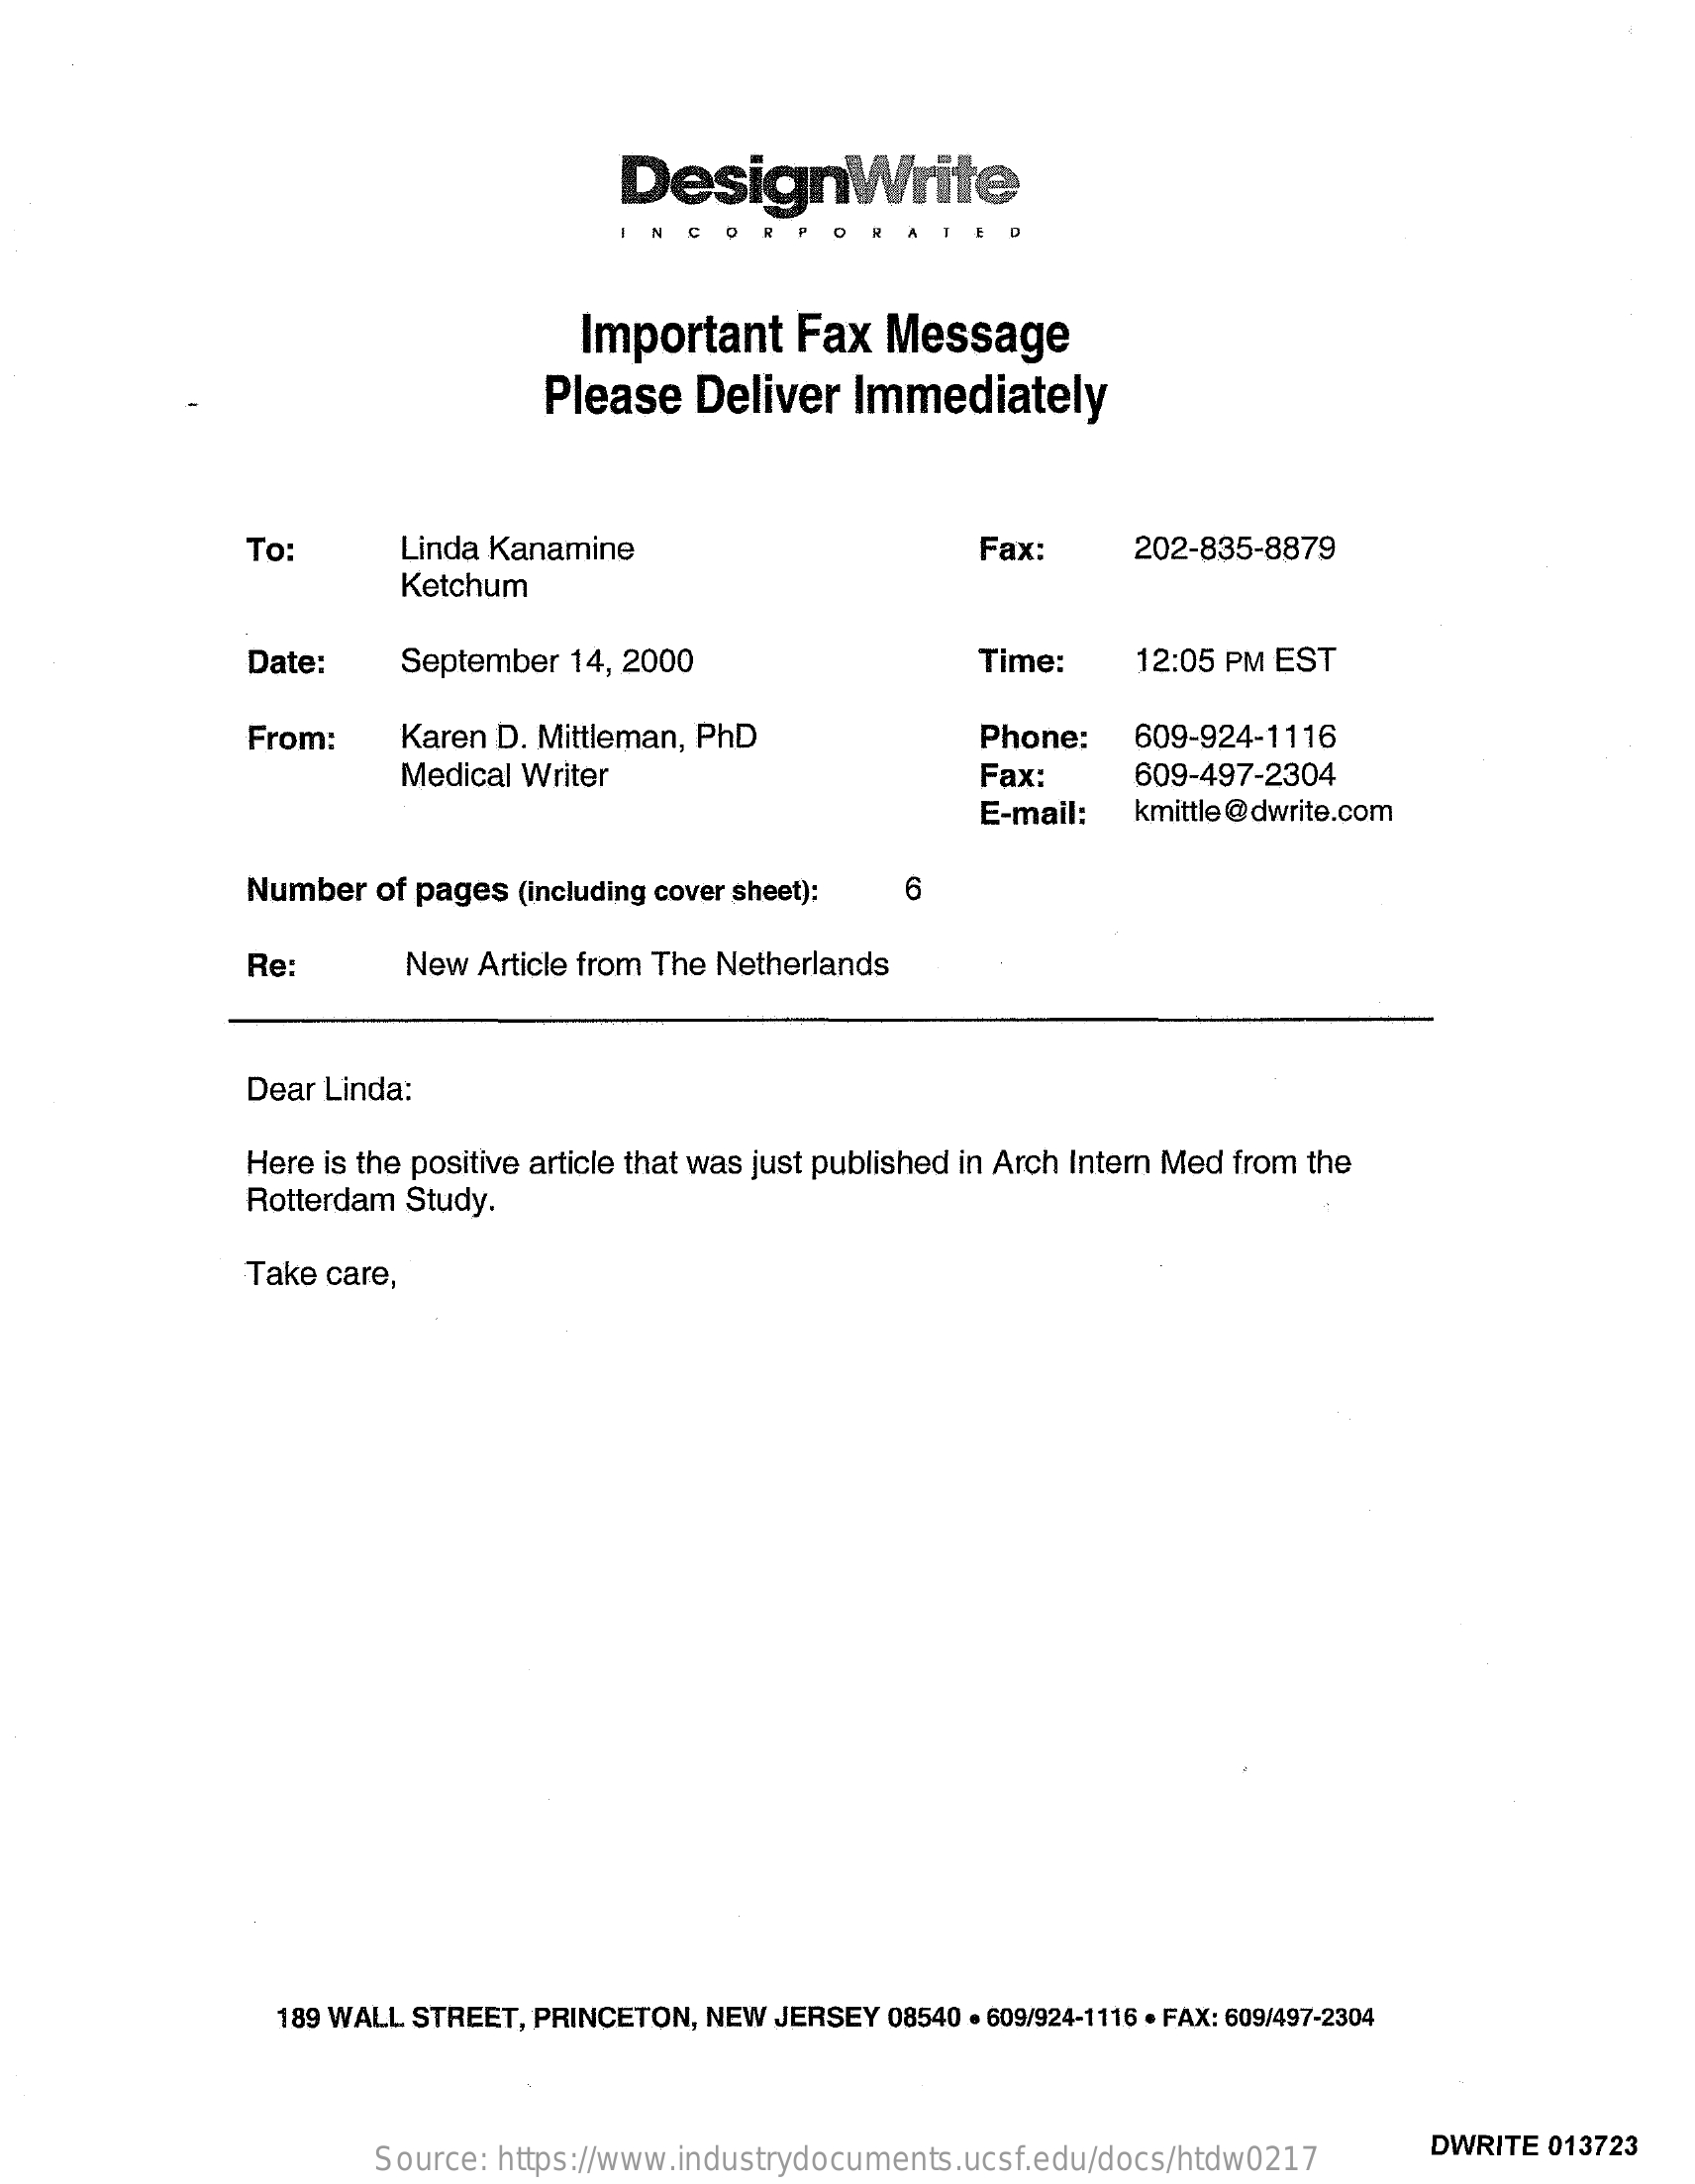
DesignWrite
     CORP    D
     Important    Fax   Message
     Please   Deliver  Immediately
     To:    Linda Kanamine    Fax:    202-835-8879
     Ketchum
     Date:    September 14, 2000    Time:    12:05 PM EST
     From:    Karen D. Mittleman, PhD    Phone:   609-924-1116
     Medical Writer    Fax:    609-497-2304
     E-mail:  kmittle @dwrite.com
     Number  of pages (including cover sheet): 6
     Re:    New Article from The Netherlands
     Dear Linda:
     Here is the positive article that was just published in Arch Intern Med from the
     Rotterdam Study.
     Take care,
     189 WALL STREET, PRINCETON, NEW JERSEY 08540 . 609/924-1116 · FAX: 609/497-2304
     Source: https://www.industrydocuments.ucsf.edu/docs/htdw0217
     DWRITE 013723